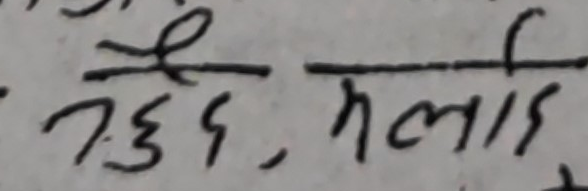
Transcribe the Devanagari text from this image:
रु७३६, मलाई